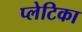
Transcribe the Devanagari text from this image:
प्लेटिका